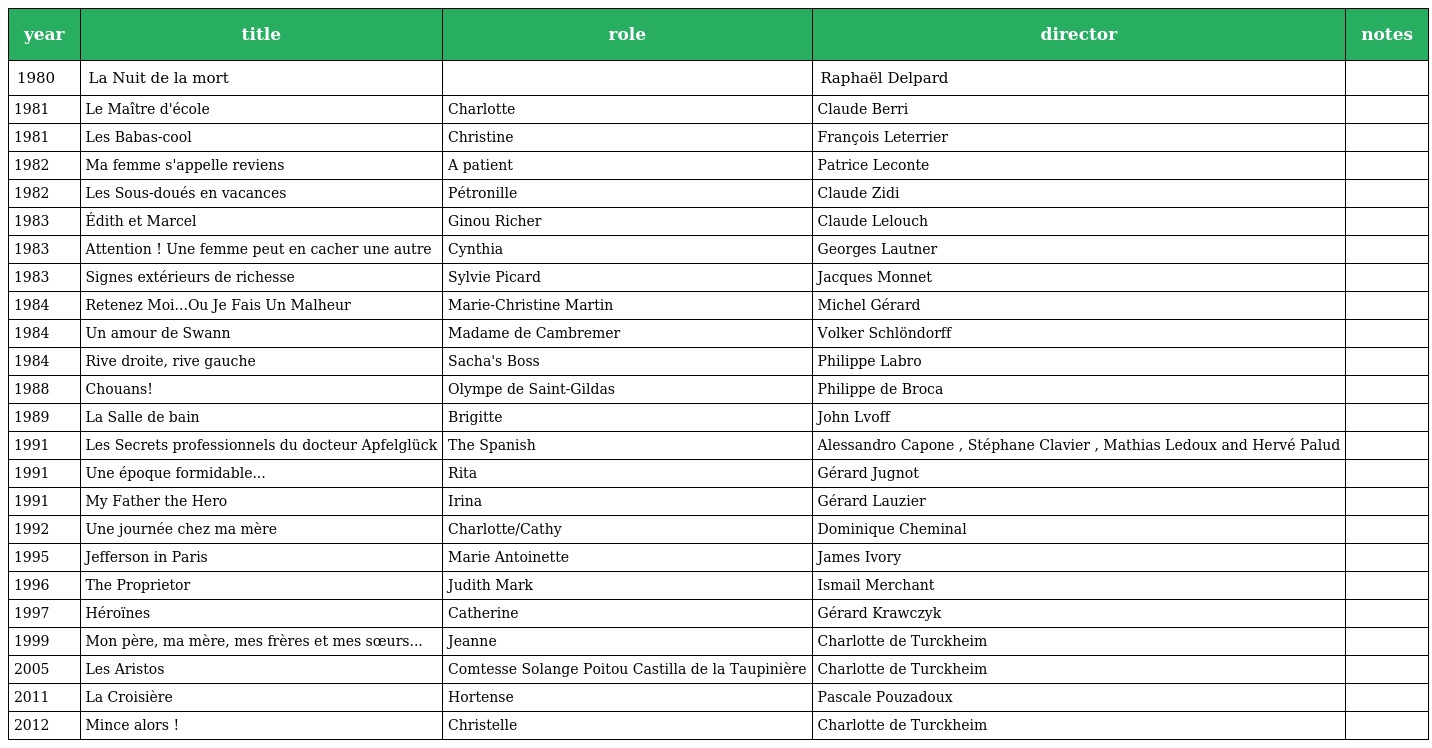
| year | title | role | director | notes |
 | --- | --- | --- | --- | --- |
 | 1980 | La Nuit de la mort |  | Raphaël Delpard |  |
 | 1981 | Le Maître d'école | Charlotte | Claude Berri |  |
 | 1981 | Les Babas-cool | Christine | François Leterrier |  |
 | 1982 | Ma femme s'appelle reviens | A patient | Patrice Leconte |  |
 | 1982 | Les Sous-doués en vacances | Pétronille | Claude Zidi |  |
 | 1983 | Édith et Marcel | Ginou Richer | Claude Lelouch |  |
 | 1983 | Attention ! Une femme peut en cacher une autre | Cynthia | Georges Lautner |  |
 | 1983 | Signes extérieurs de richesse | Sylvie Picard | Jacques Monnet |  |
 | 1984 | Retenez Moi...Ou Je Fais Un Malheur | Marie-Christine Martin | Michel Gérard |  |
 | 1984 | Un amour de Swann | Madame de Cambremer | Volker Schlöndorff |  |
 | 1984 | Rive droite, rive gauche | Sacha's Boss | Philippe Labro |  |
 | 1988 | Chouans! | Olympe de Saint-Gildas | Philippe de Broca |  |
 | 1989 | La Salle de bain | Brigitte | John Lvoff |  |
 | 1991 | Les Secrets professionnels du docteur Apfelglück | The Spanish | Alessandro Capone , Stéphane Clavier , Mathias Ledoux and Hervé Palud |  |
 | 1991 | Une époque formidable... | Rita | Gérard Jugnot |  |
 | 1991 | My Father the Hero | Irina | Gérard Lauzier |  |
 | 1992 | Une journée chez ma mère | Charlotte/Cathy | Dominique Cheminal |  |
 | 1995 | Jefferson in Paris | Marie Antoinette | James Ivory |  |
 | 1996 | The Proprietor | Judith Mark | Ismail Merchant |  |
 | 1997 | Héroïnes | Catherine | Gérard Krawczyk |  |
 | 1999 | Mon père, ma mère, mes frères et mes sœurs... | Jeanne | Charlotte de Turckheim |  |
 | 2005 | Les Aristos | Comtesse Solange Poitou Castilla de la Taupinière | Charlotte de Turckheim |  |
 | 2011 | La Croisière | Hortense | Pascale Pouzadoux |  |
 | 2012 | Mince alors ! | Christelle | Charlotte de Turckheim |  |